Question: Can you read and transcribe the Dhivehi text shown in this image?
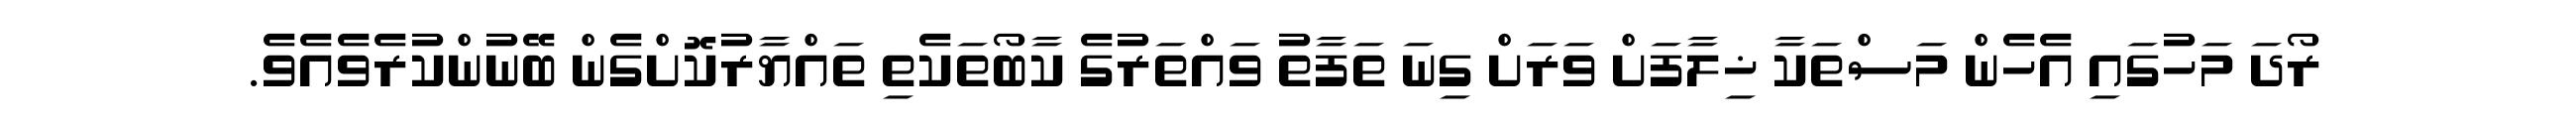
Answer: ރޯދަ މަހުގައި އެހެން މަސްތަކާ ޚިލާފަށް ވަރަށް ގިނަ ތަފާތު ވައްތަރުގެ ކާބޯތަކެތި ތައްޔާރުކޮށްގެން ބޭނުންކުރެވެއެވެ.